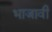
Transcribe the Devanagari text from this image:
भाजावी